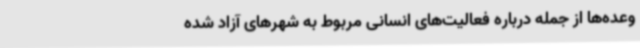
وعده‌ها از جمله درباره فعالیت‌های انسانی مربوط به شهرهای آزاد شده